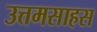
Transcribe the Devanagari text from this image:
उत्तमसाहस